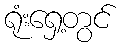
ရုံးရှေ့တွင်